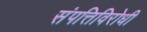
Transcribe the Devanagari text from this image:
संपत्तिविरोधी